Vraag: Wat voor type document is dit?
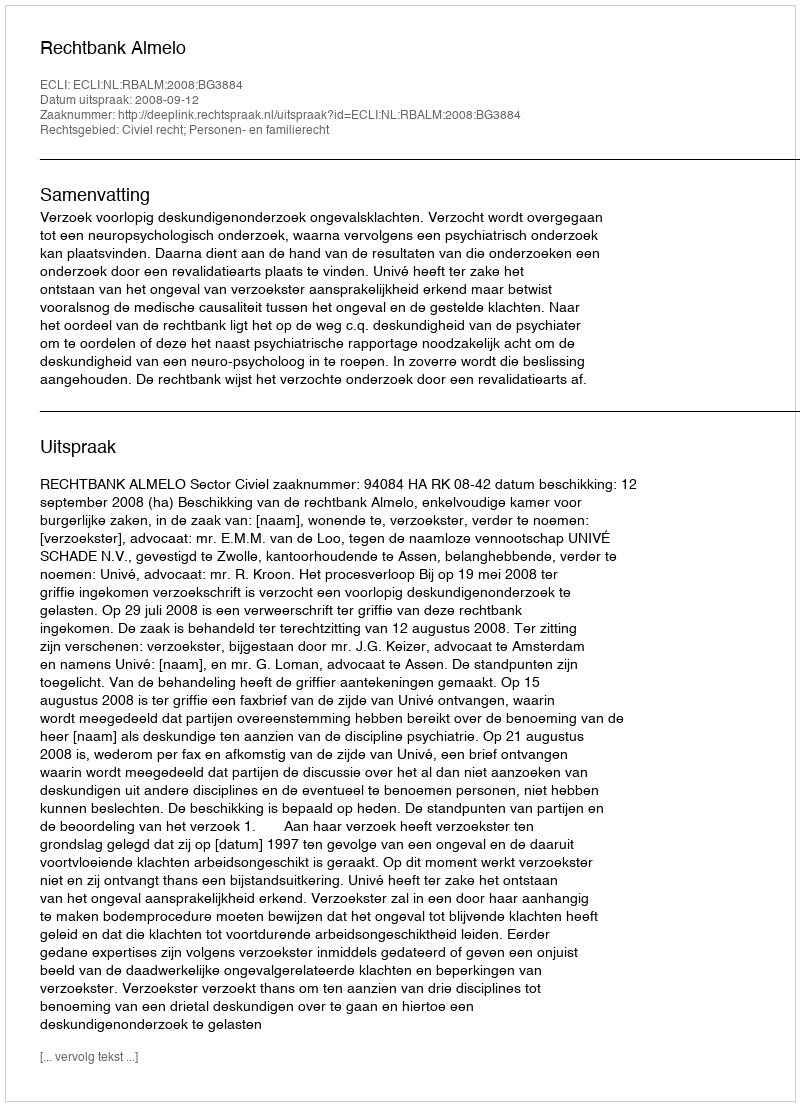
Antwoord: Uitspraak